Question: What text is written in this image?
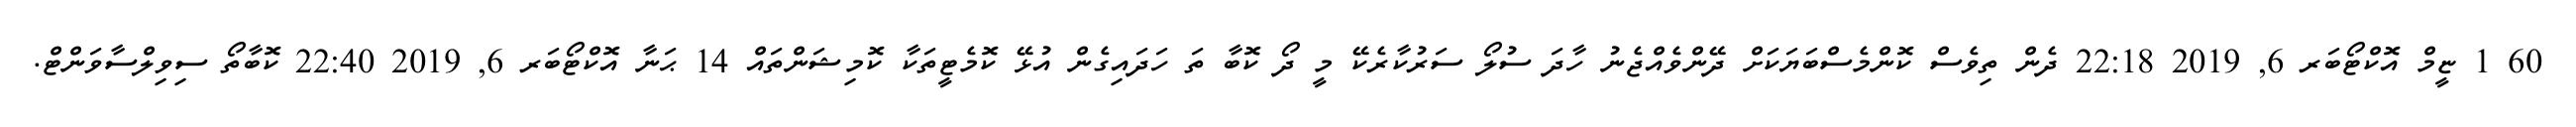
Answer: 60 1 ޏީމް އޮކްޓޯބަރ 6, 2019 22:18 ދެން ތިވެސް ކޮންމެސްބަޔަކަށް ދޭންވެއްޖެނު ހާދަ ސުލޯ ސަރުކާރެކޭ މީ ދޯ ކޮބާ ތަ ހަދައިގެން އުޅޭ ކޮމެޓީތަކާ ކޮމިޝަންތައް 14 ޙަނާ އޮކްޓޯބަރ 6, 2019 22:40 ކޮބާތޯ ސިވިލްސާވަންޓް.